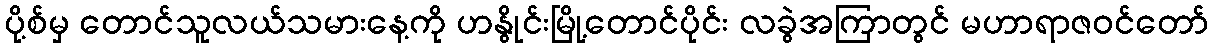
ပို့စ်မှ တောင်သူလယ်သမားနေ့ကို ဟနွိုင်းမြို့တောင်ပိုင်း လခွဲအကြာတွင် မဟာရာဇဝင်တော်